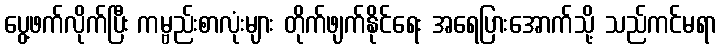
ပွေ့ဖက်လိုက်ပြီး ကမ္ဗည်းစာလုံးများ တိုက်ဖျက်နိုင်ရေး အရေပြားအောက်သို့ သည်ကင်မရာ